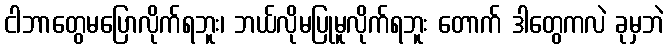
ငါဘာတွေမပြောလိုက်ရဘူး၊ ဘယ်လိုမပြုမူလိုက်ရဘူး တောက် ဒါတွေကလဲ ခုမှဘဲ